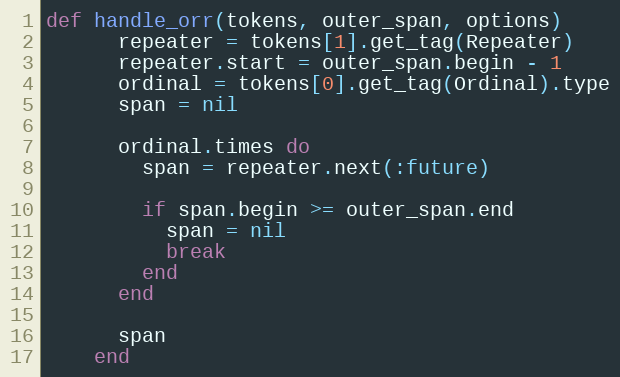
Language: Ruby
def handle_orr(tokens, outer_span, options)
      repeater = tokens[1].get_tag(Repeater)
      repeater.start = outer_span.begin - 1
      ordinal = tokens[0].get_tag(Ordinal).type
      span = nil

      ordinal.times do
        span = repeater.next(:future)

        if span.begin >= outer_span.end
          span = nil
          break
        end
      end

      span
    end